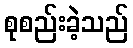
စုစည်းခဲ့သည်